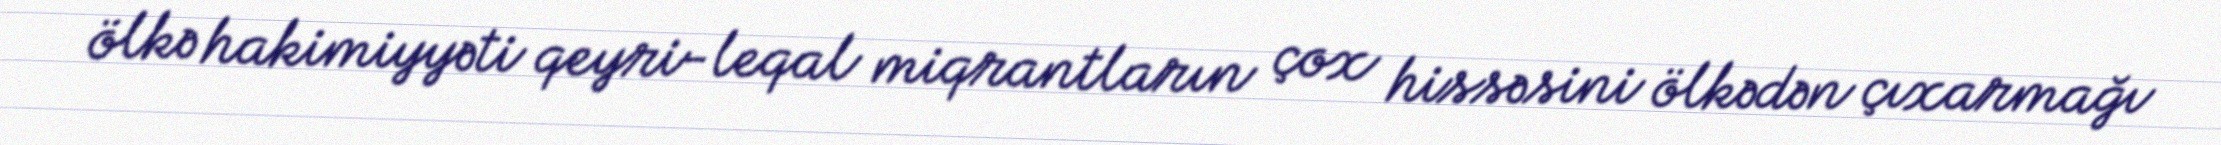
ölkə hakimiyyəti qeyri-leqal miqrantların çox hissəsini ölkədən çıxarmağı